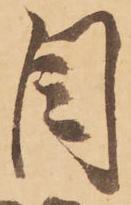
目